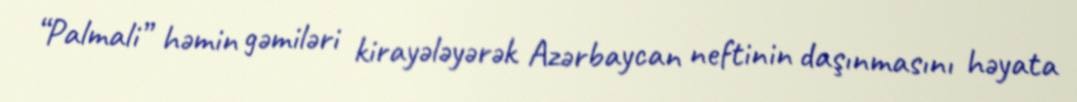
“Palmali” həmin gəmiləri kirayələyərək Azərbaycan neftinin daşınmasını həyata